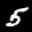
Label: 5